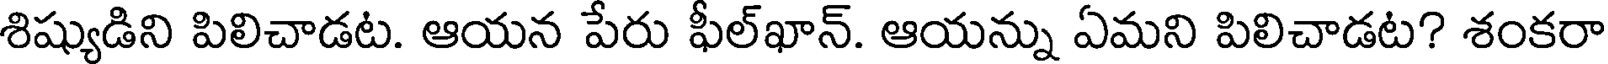
శిష్యుడిని పిలిచాడట. ఆయన పేరు ఫీల్ఖాన్. ఆయన్ను ఏమని పిలిచాడట? శంకరా